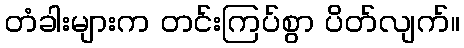
တံခါးများက တင်းကြပ်စွာ ပိတ်လျက်။